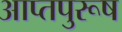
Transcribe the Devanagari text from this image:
आप्तपुरूष